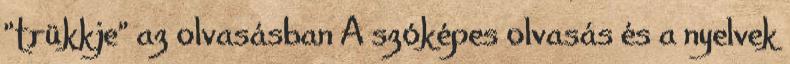
"trükkje" az olvasásban A szóképes olvasás és a nyelvek